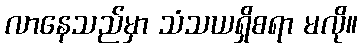
လာနေသည်မှာ သံသယရှိစရာ မလို။